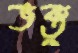
ভক্তু